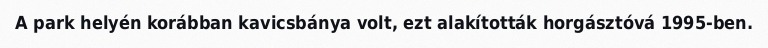
A park helyén korábban kavicsbánya volt, ezt alakították horgásztóvá 1995-ben.